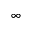
\infty